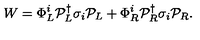
W = \Phi _ { L } ^ { i } { \cal P } _ { L } ^ { \dagger } \sigma _ { i } { \cal P } _ { L } + \Phi _ { R } ^ { i } { \cal P } _ { R } ^ { \dagger } \sigma _ { i } { \cal P } _ { R } .